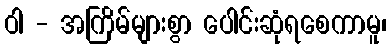
ဝါ - အကြိမ်များစွာ ပေါင်းဆုံရစေကာမူ၊